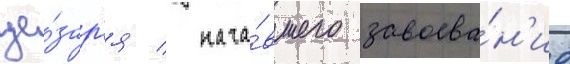
це́зар'я / нача́вшего завоева́н'ие